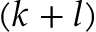
( k + l )